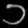
Digit: ၁